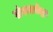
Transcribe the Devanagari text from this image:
संवत्सरोद्भव